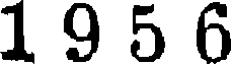
1 9 5 6